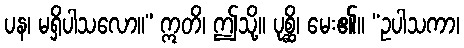
ပန၊ မရှိပါသလော။” ဣတိ၊ ဤသို့။ ပုစ္ဆိ၊ မေး၏။ “ဥပါသကာ၊